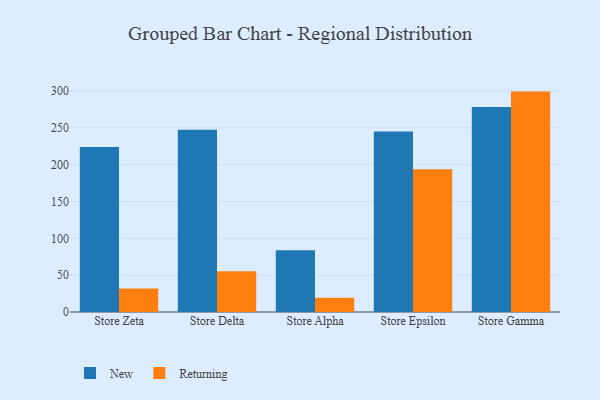
{"axis": {"x": "Store", "y": "Churn Rate (%)"}, "legend": ["New", "Returning"], "data": [{"x": "Store Zeta", "y": 223.8, "type": "New"}, {"x": "Store Zeta", "y": 31.8, "type": "Returning"}, {"x": "Store Delta", "y": 247.4, "type": "New"}, {"x": "Store Delta", "y": 55.4, "type": "Returning"}, {"x": "Store Alpha", "y": 83.8, "type": "New"}, {"x": "Store Alpha", "y": 19.5, "type": "Returning"}, {"x": "Store Epsilon", "y": 245.0, "type": "New"}, {"x": "Store Epsilon", "y": 193.6, "type": "Returning"}, {"x": "Store Gamma", "y": 278.2, "type": "New"}, {"x": "Store Gamma", "y": 299.1, "type": "Returning"}]}